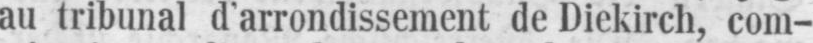
au tribunal d’arrondissement de Diekirch, com-